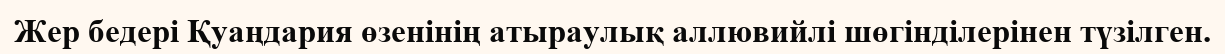
Жер бедері Қуаңдария өзенінің атыраулық аллювийлі шөгінділерінен түзілген.